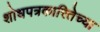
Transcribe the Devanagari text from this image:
शोधपत्रकारितेच्या